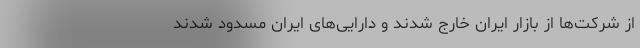
از شرکت‌ها از بازار ایران خارج شدند و دارایی‌های ایران مسدود شدند